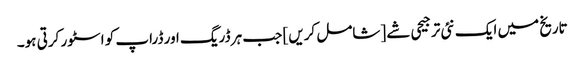
تاریخ میں ایک نئی ترجیحی شے [شامل کریں] جب ہر ڈریگ اور ڈراپ کو اسٹور کرتی ہو۔